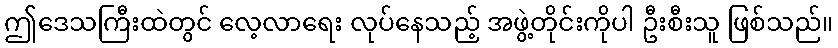
ဤဒေသကြီးထဲတွင် လေ့လာရေး လုပ်နေသည့် အဖွဲ့တိုင်းကိုပါ ဦးစီးသူ ဖြစ်သည်။